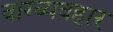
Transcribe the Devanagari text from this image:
वाग्व्यवहार